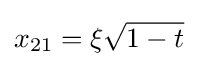
x_{21}=\xi {\sqrt {1-t}}